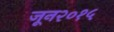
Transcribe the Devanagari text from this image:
जून२०१५